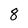
Character: 8